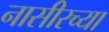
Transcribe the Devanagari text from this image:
नासीरच्या